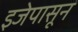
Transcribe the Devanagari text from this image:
इजेपासून